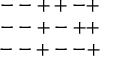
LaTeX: \begin{array} { c } { { -- + + - + } } \\ { { -- + - + + } } \\ { { -- + -- + } } \end{array}